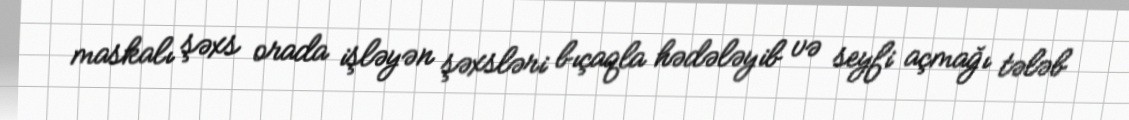
maskalı şəxs orada işləyən şəxsləri bıçaqla hədələyib və seyfi açmağı tələb